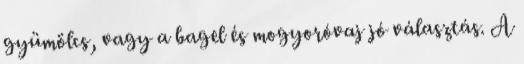
gyümölcs, vagy a bagel és mogyoróvaj jó választás. A